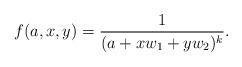
LaTeX: \begin{align*}f(a,x,y)=\frac1{(a+xw_1+yw_2)^k}.\end{align*}